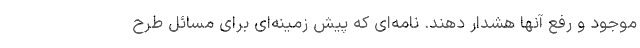
موجود و رفع آنها هشدار دهند. نامه‌ای که پیش زمینه‌ای برای مسائل طرح